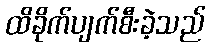
ထိခိုက်ပျက်စီးခဲ့သည်